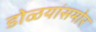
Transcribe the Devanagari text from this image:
डोळयांसमोर